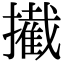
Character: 擮